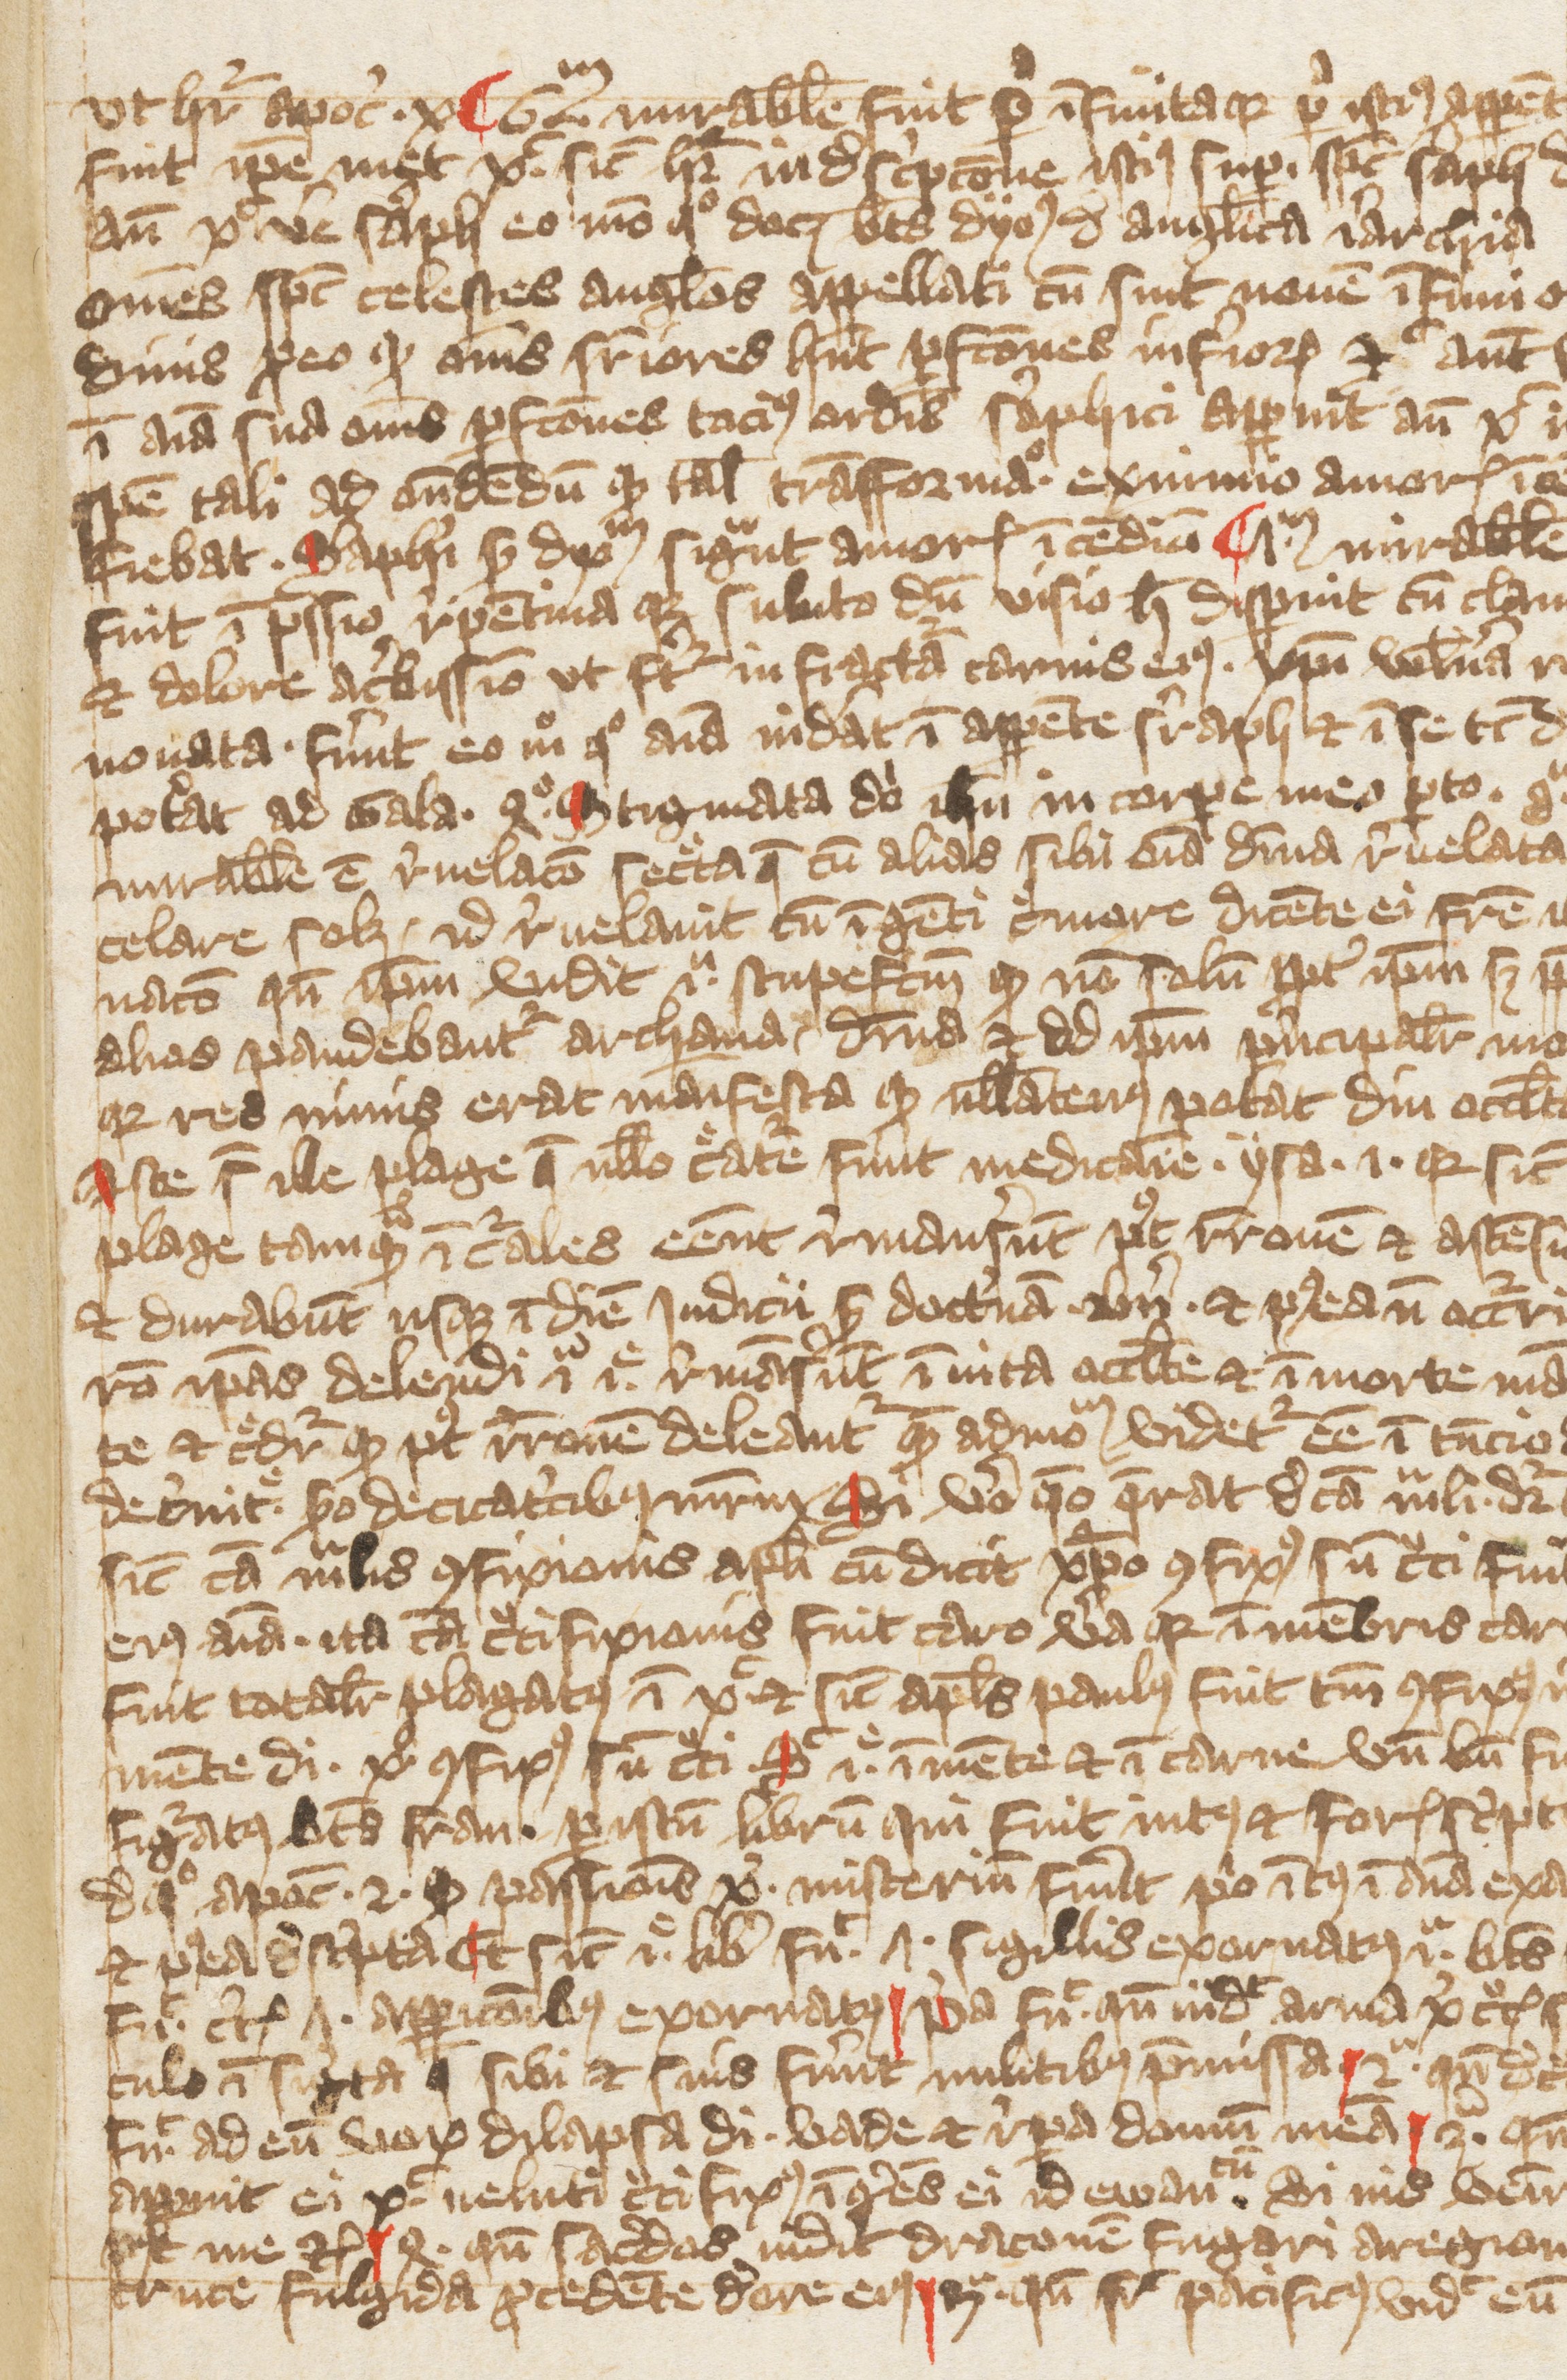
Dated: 1391–1421